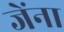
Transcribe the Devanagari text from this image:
जेंना